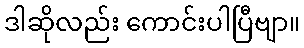
ဒါဆိုလည်း ကောင်းပါပြီဗျာ။